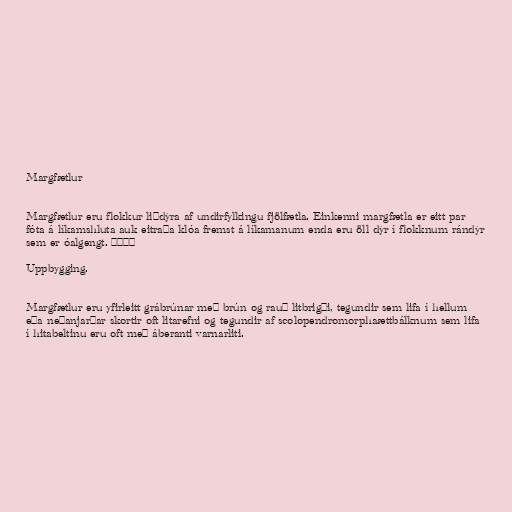
Margfætlur

Margfætlur eru flokkur liðdýra af undirfylkingu fjölfætla. Einkenni margfætla er eitt par
fóta á líkamshluta auk eitraða klóa fremst á líkamanum enda eru öll dýr í flokknum rándýr
sem er óalgengt. °°°°

Uppbygging.

Margfætlur eru yfirleitt grábrúnar með brún og rauð litbrigði, tegundir sem lifa í hellum
eða neðanjarðar skortir oft litarefni og tegundir af scolopendromorphaættbálknum sem lifa
í hitabeltinu eru oft með áberanti varnarliti.